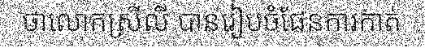
ថាលោកស្រីលី បានរៀបចំផែនការកាត់